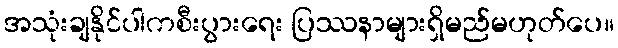
အသုံးချနိုင်ပါကစီးပွားရေး ပြဿနာများရှိမည်မဟုတ်ပေ။